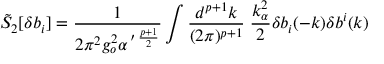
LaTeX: \tilde { S } _ { 2 } [ \delta b _ { i } ] = \frac { 1 } { 2 \pi ^ { 2 } g _ { o } ^ { 2 } \alpha ^ { \, \prime \, \frac { p + 1 } { 2 } } } \int \frac { d ^ { p + 1 } k } { ( 2 \pi ) ^ { p + 1 } } \; \frac { k _ { \alpha } ^ { 2 } } { 2 } \delta b _ { i } ( - k ) \delta b ^ { i } ( k )